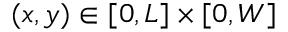
( x , y ) \in [ 0 , L ] \times [ 0 , W ]